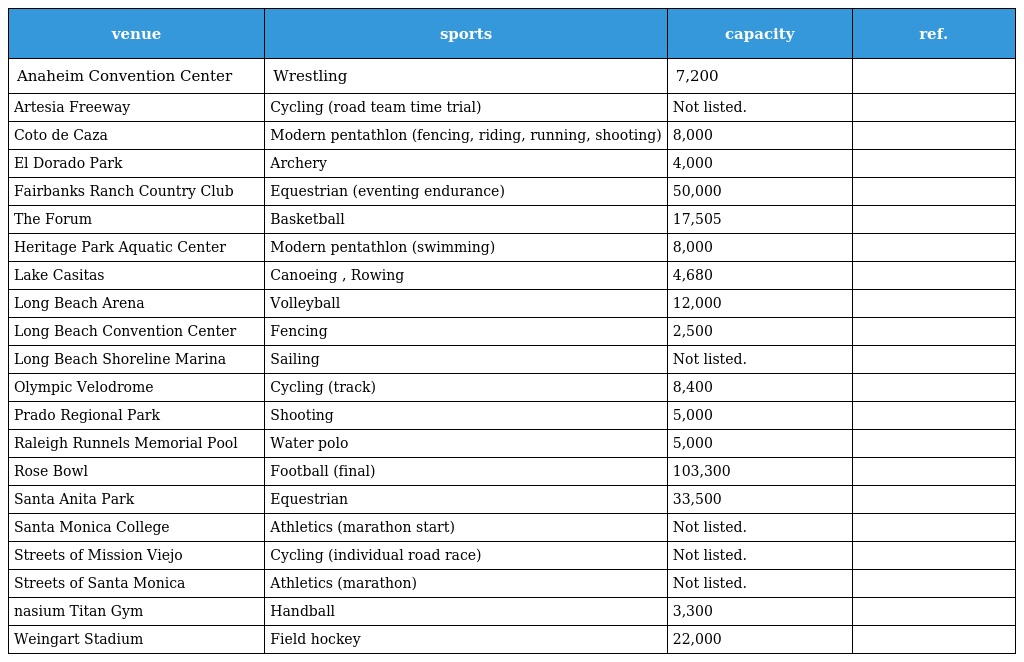
| venue | sports | capacity | ref. |
 | --- | --- | --- | --- |
 | Anaheim Convention Center | Wrestling | 7,200 |  |
 | Artesia Freeway | Cycling (road team time trial) | Not listed. |  |
 | Coto de Caza | Modern pentathlon (fencing, riding, running, shooting) | 8,000 |  |
 | El Dorado Park | Archery | 4,000 |  |
 | Fairbanks Ranch Country Club | Equestrian (eventing endurance) | 50,000 |  |
 | The Forum | Basketball | 17,505 |  |
 | Heritage Park Aquatic Center | Modern pentathlon (swimming) | 8,000 |  |
 | Lake Casitas | Canoeing , Rowing | 4,680 |  |
 | Long Beach Arena | Volleyball | 12,000 |  |
 | Long Beach Convention Center | Fencing | 2,500 |  |
 | Long Beach Shoreline Marina | Sailing | Not listed. |  |
 | Olympic Velodrome | Cycling (track) | 8,400 |  |
 | Prado Regional Park | Shooting | 5,000 |  |
 | Raleigh Runnels Memorial Pool | Water polo | 5,000 |  |
 | Rose Bowl | Football (final) | 103,300 |  |
 | Santa Anita Park | Equestrian | 33,500 |  |
 | Santa Monica College | Athletics (marathon start) | Not listed. |  |
 | Streets of Mission Viejo | Cycling (individual road race) | Not listed. |  |
 | Streets of Santa Monica | Athletics (marathon) | Not listed. |  |
 | nasium Titan Gym | Handball | 3,300 |  |
 | Weingart Stadium | Field hockey | 22,000 |  |